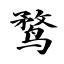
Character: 鹜